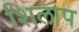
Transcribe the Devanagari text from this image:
शिलाप